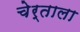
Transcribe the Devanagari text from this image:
चेर्ताला